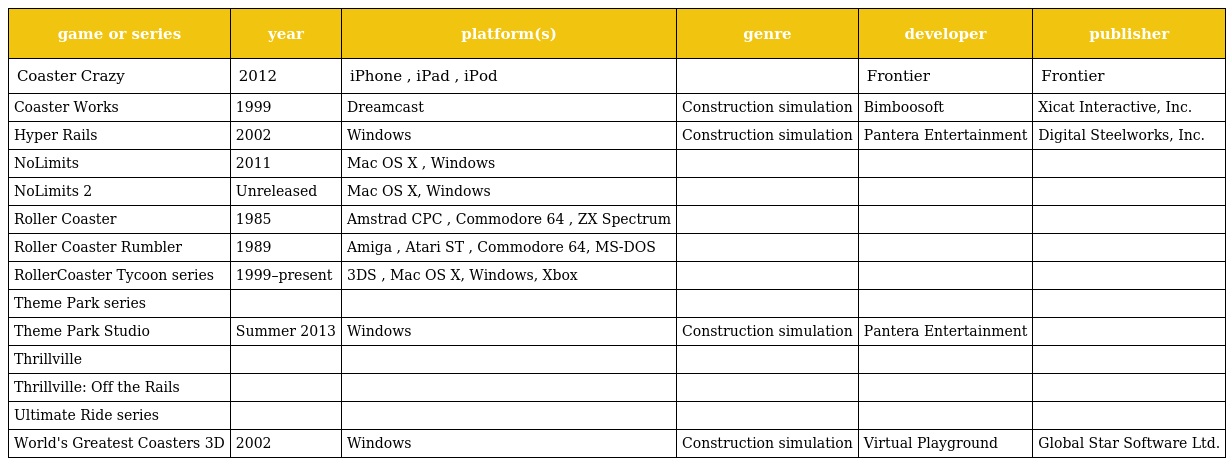
| game or series | year | platform(s) | genre | developer | publisher |
 | --- | --- | --- | --- | --- | --- |
 | Coaster Crazy | 2012 | iPhone , iPad , iPod |  | Frontier | Frontier |
 | Coaster Works | 1999 | Dreamcast | Construction simulation | Bimboosoft | Xicat Interactive, Inc. |
 | Hyper Rails | 2002 | Windows | Construction simulation | Pantera Entertainment | Digital Steelworks, Inc. |
 | NoLimits | 2011 | Mac OS X , Windows |  |  |  |
 | NoLimits 2 | Unreleased | Mac OS X, Windows |  |  |  |
 | Roller Coaster | 1985 | Amstrad CPC , Commodore 64 , ZX Spectrum |  |  |  |
 | Roller Coaster Rumbler | 1989 | Amiga , Atari ST , Commodore 64, MS-DOS |  |  |  |
 | RollerCoaster Tycoon series | 1999–present | 3DS , Mac OS X, Windows, Xbox |  |  |  |
 | Theme Park series |  |  |  |  |  |
 | Theme Park Studio | Summer 2013 | Windows | Construction simulation | Pantera Entertainment |  |
 | Thrillville |  |  |  |  |  |
 | Thrillville: Off the Rails |  |  |  |  |  |
 | Ultimate Ride series |  |  |  |  |  |
 | World's Greatest Coasters 3D | 2002 | Windows | Construction simulation | Virtual Playground | Global Star Software Ltd. |